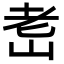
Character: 𦒴